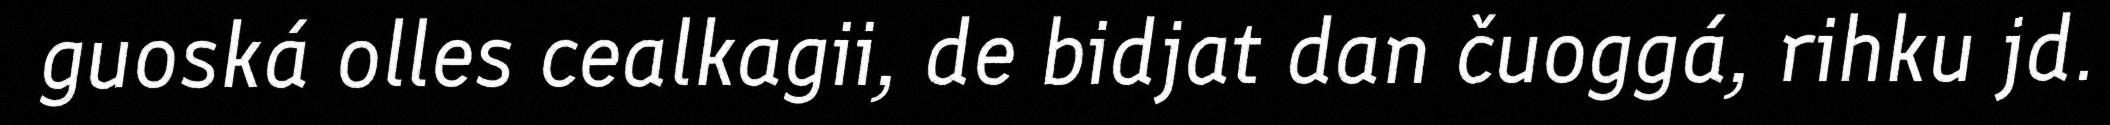
guoská olles cealkagii, de bidjat dan čuoggá, rihku jd.